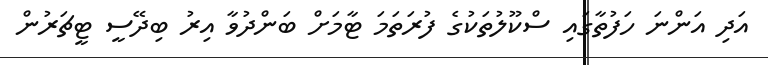
އަދި އަންނަ ހަފުތާގައި ސްކޫލުތަކުގެ ފުރަތަމަ ޓާމަށް ބަންދުވާ އިރު ބިދޭސީ ޓީޗަރުން